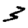
Digit: 3